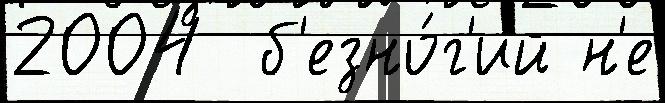
2004  б'езно́г'ий н'е